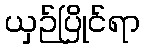
ယှဉ်ပြိုင်ရာ